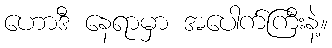
ဟောဒီ နေရာမှာ အပေါက်ကြီးနဲ့။